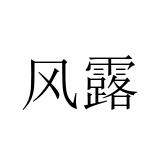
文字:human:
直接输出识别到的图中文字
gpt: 风露